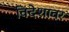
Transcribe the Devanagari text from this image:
विदेशावर